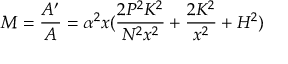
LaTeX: M = { \frac { A ^ { \prime } } { A } } = \alpha ^ { 2 } x ( { \frac { 2 P ^ { 2 } K ^ { 2 } } { N ^ { 2 } x ^ { 2 } } } + { \frac { 2 K ^ { 2 } } { x ^ { 2 } } } + H ^ { 2 } )